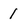
Character: 1